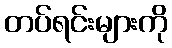
တပ်ရင်းများကို